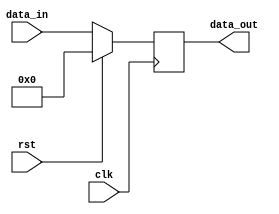
module synchronous_reset (
    input wire clk,          // Clock signal
    input wire rst,          // Synchronous reset signal (active high)
    input wire [7:0] data_in, // Example additional input (8-bit)
    output reg [7:0] data_out // Example output (8-bit)
);

// Define the reset state
parameter RESET_STATE = 8'b00000000;

// Always block sensitive to the rising edge of the clock
always @(posedge clk) begin
    if (rst) begin
        // Set output to the reset state when rst is asserted
        data_out <= RESET_STATE;
    end else begin
        // Normal operation: for example, pass input to output
        data_out <= data_in; // Modify this logic as needed for your design
    end
end

endmodule